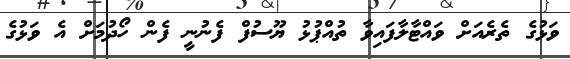
ވަޅުގެ ތެރެއަށް ވައްޓާލާފައިވާ ތުއްޕުޅު ޔޫސުފް ފެނުނީ ފެން ހޯދުމަށް އެ ވަޅުގެ